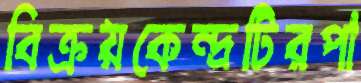
বিক্রয়কেন্দ্রটিরপা